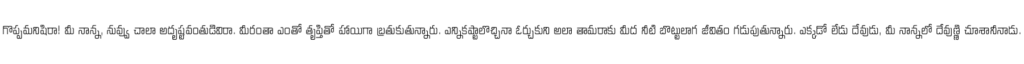
గొప్పమనిషిరా! మీ నాన్న, నువ్వు చాలా అదృష్టవంతుడివిరా. మీరంతా ఎంతో తృప్తితో హాయిగా బ్రతుకుతున్నారు. ఎన్నికష్టాలొచ్చినా ఓర్చుకుని అలా తామరాకు మీద నీటి బొట్టులాగ జీవితం గడుపుతున్నారు. ఎక్కడో లేడు దేవుడు, మీ నాన్నలో దేవుణ్ణి చూశానీనాడు.